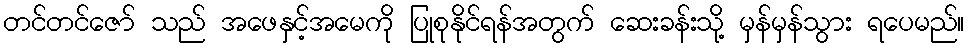
တင်တင်ဇော် သည် အဖေနှင့်အမေကို ပြုစုနိုင်ရန်အတွက် ဆေးခန်းသို့ မှန်မှန်သွား ရပေမည်။